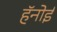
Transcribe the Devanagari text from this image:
हॅनोई